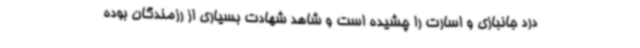
درد جانبازی و اسارت را چشیده است و شاهد شهادت بسیاری از رزمندگان بوده